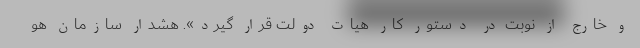
و خارج از نوبت در دستور کار هیات دولت قرار گیرد». هشدار سازمان هو